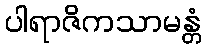
ပါရာဇိကသာမန္တံ